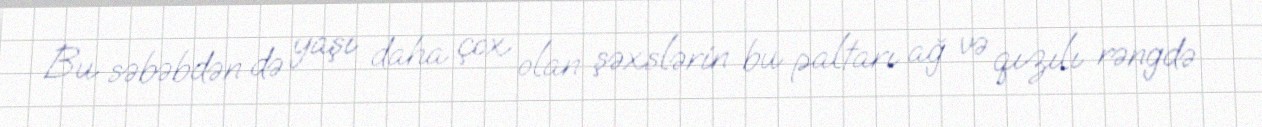
Bu səbəbdən də yaşı daha çox olan şəxslərin bu paltarı ağ və qızılı rəngdə